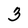
Character: 3